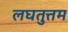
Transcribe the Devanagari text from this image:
लघतुत्तम